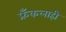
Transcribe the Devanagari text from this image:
फ्रँकलाही